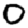
Digit: 0